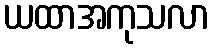
ယထာအကုသလာ